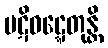
ပဋိဝဋ္ဋေတုန္တိ